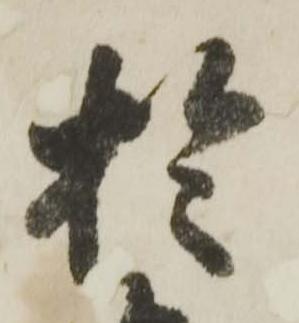
於